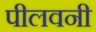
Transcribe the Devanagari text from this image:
पीलवनी